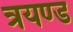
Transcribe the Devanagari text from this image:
त्रयण्ड